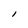
Character: I